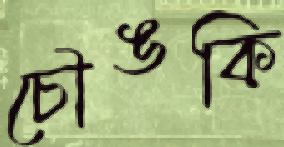
চৌঙকি